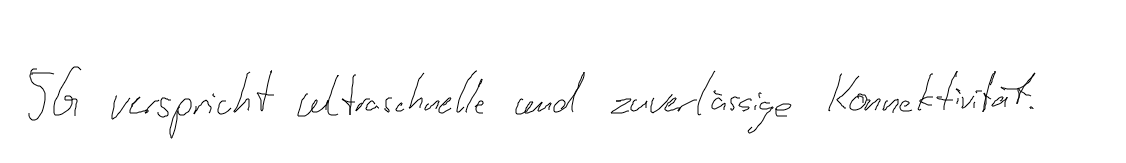
5G verspricht ultraschnelle und zuverlässige Konnektivität.